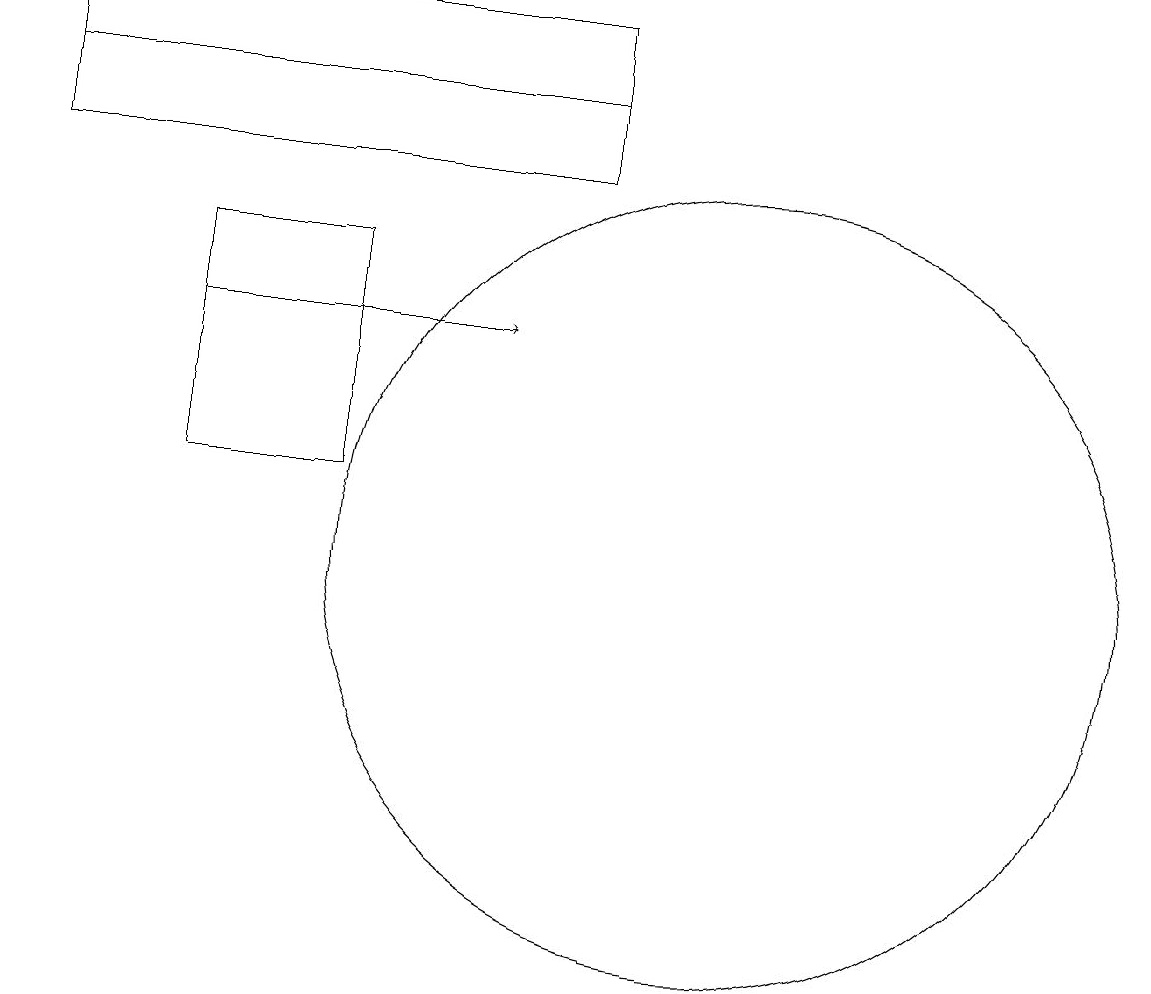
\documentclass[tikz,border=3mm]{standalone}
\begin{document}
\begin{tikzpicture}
\draw (6,14) rectangle (4,11);
\draw (9,16) rectangle (2,15);
\draw (11,10) circle (5);
\draw[->] (4,13) -- (8,13);
\draw (9,17) rectangle (2,16);
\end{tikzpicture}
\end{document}